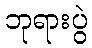
ဘုရားပွဲ